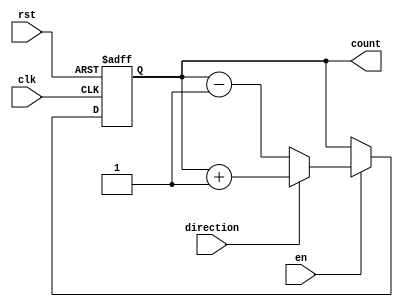
module synchronous_counter (
  input wire clk,
  input wire rst,
  input wire en,
  input wire direction,
  output reg [3:0] count
);

  always @(posedge clk or posedge rst) begin
    if (rst) begin
      count <= 4'b0000;
    end else if (en) begin
      if (direction) begin // count up
        count <= count + 1;
      end else begin // count down
        count <= count - 1;
      end
    end
  end

endmodule